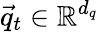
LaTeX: \vec{q}_{t}\in\mathbb{R}^{d_{q}}